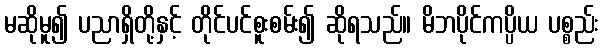
မဆိုမူ၍ ပညာရှိတို့နှင့် တိုင်ပင်စူးစမ်း၍ ဆိုရသည်။ မိဘပိုင်ကပ္ပိယ ပစ္စည်း